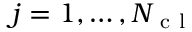
j = 1 , \ldots , \ensuremath { { N _ { \mathrm { ~ c ~ l ~ } } } }